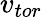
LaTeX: v_{tor}